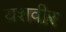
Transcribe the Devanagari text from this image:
यशवीर